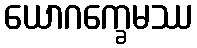
ယောဂက္ခေမဿ